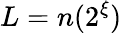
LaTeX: L=n(2^{\xi})